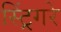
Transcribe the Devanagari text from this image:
स्ट्रिंगरे